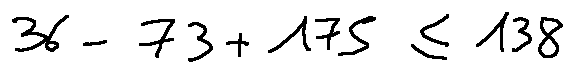
3 6 - 7 3 + 1 7 5 \leq 1 3 8